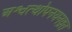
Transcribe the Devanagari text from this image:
अश्वत्थोपनयनव्रत